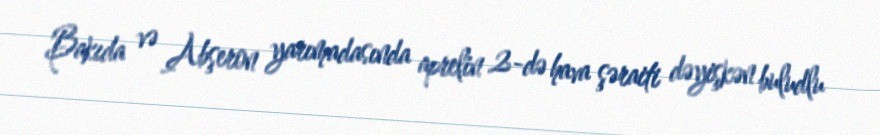
Bakıda və Abşeron yarımadasında aprelin 2-də hava şəraiti dəyişkən buludlu